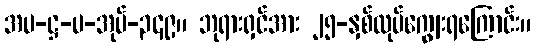
အပ-ဋ္ဌ-ပ-အုပ်-၃၄၉။ ဘုရားရှင်အား ၂၅-နှစ်လုပ်ကျွေးရကြောင်း။